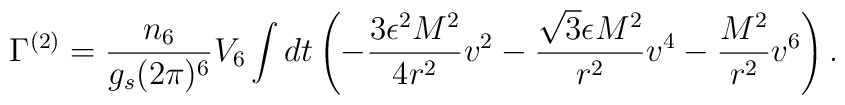
\Gamma^{(2)} =  \frac{n_6}{g_s (2\pi)^6}V_6 	\int dt \left(-\frac{3 \epsilon^2 M^2}{4r^2}v^2		-\frac{\sqrt{3}\epsilon M^2}{r^2}v^4		-\frac{M^2}{r^2}v^6\right).